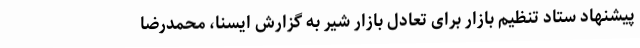
پیشنهاد ستاد تنظیم بازار برای تعادل بازار شیر به گزارش ایسنا، محمدرضا